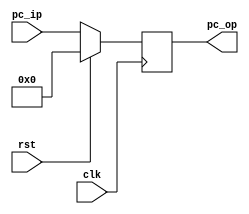
`timescale 1ns / 1ps

module program_counter(
    input [31:0] pc_ip,
    input clk,
    input rst,
    output reg [31:0] pc_op
    );

    always @(posedge clk) begin
        if(rst) begin
            pc_op <= 32'b0;
        end else begin
            pc_op <= pc_ip;
        end
    end

endmodule